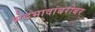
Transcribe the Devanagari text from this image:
भेदभावांबरोबर